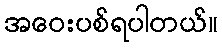
အဝေးပစ်ရပါတယ်။